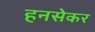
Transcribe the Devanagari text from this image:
हनसेकर